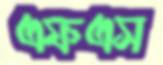
এফএস